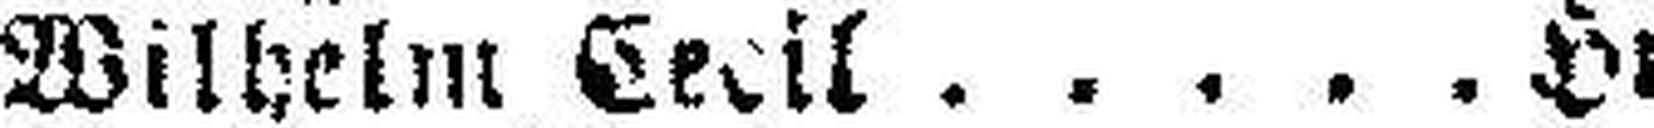
Wilhelm Cecil Hr. Friedmann.